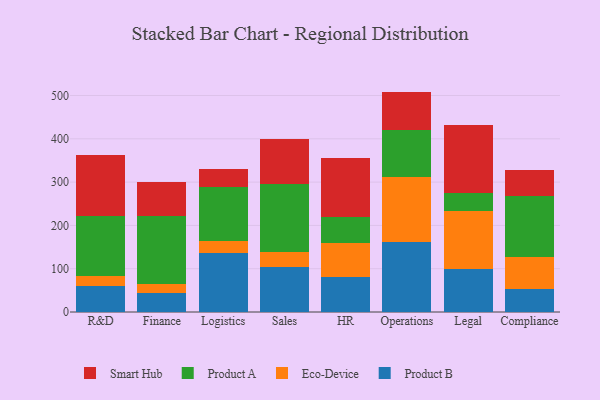
{"axis": {"x": "Department", "y": "Operating Costs (USD K)"}, "legend": ["Eco-Device", "Product A", "Product B", "Smart Hub"], "data": [{"x": "R&D", "y": 59.6, "type": "Product B"}, {"x": "R&D", "y": 24.0, "type": "Eco-Device"}, {"x": "R&D", "y": 137.7, "type": "Product A"}, {"x": "R&D", "y": 141.3, "type": "Smart Hub"}, {"x": "Finance", "y": 44.8, "type": "Product B"}, {"x": "Finance", "y": 19.1, "type": "Eco-Device"}, {"x": "Finance", "y": 157.0, "type": "Product A"}, {"x": "Finance", "y": 79.2, "type": "Smart Hub"}, {"x": "Logistics", "y": 137.1, "type": "Product B"}, {"x": "Logistics", "y": 26.8, "type": "Eco-Device"}, {"x": "Logistics", "y": 125.9, "type": "Product A"}, {"x": "Logistics", "y": 40.8, "type": "Smart Hub"}, {"x": "Sales", "y": 103.1, "type": "Product B"}, {"x": "Sales", "y": 35.4, "type": "Eco-Device"}, {"x": "Sales", "y": 156.0, "type": "Product A"}, {"x": "Sales", "y": 104.2, "type": "Smart Hub"}, {"x": "HR", "y": 81.4, "type": "Product B"}, {"x": "HR", "y": 77.0, "type": "Eco-Device"}, {"x": "HR", "y": 60.9, "type": "Product A"}, {"x": "HR", "y": 135.5, "type": "Smart Hub"}, {"x": "Operations", "y": 162.4, "type": "Product B"}, {"x": "Operations", "y": 150.1, "type": "Eco-Device"}, {"x": "Operations", "y": 108.4, "type": "Product A"}, {"x": "Operations", "y": 88.1, "type": "Smart Hub"}, {"x": "Legal", "y": 100.3, "type": "Product B"}, {"x": "Legal", "y": 133.1, "type": "Eco-Device"}, {"x": "Legal", "y": 41.4, "type": "Product A"}, {"x": "Legal", "y": 156.5, "type": "Smart Hub"}, {"x": "Compliance", "y": 52.1, "type": "Product B"}, {"x": "Compliance", "y": 75.4, "type": "Eco-Device"}, {"x": "Compliance", "y": 141.1, "type": "Product A"}, {"x": "Compliance", "y": 58.4, "type": "Smart Hub"}]}